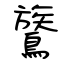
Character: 鷟